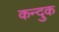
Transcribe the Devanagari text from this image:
कन्दुक